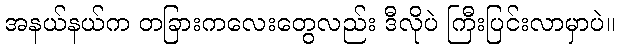
အနယ်နယ်က တခြားကလေးတွေလည်း ဒီလိုပဲ ကြီးပြင်းလာမှာပဲ။